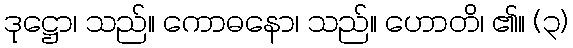
ဒုဋ္ဌော၊ သည်။ ကောဓနော၊ သည်။ ဟောတိ၊ ၏။ (၃)